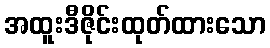
အထူးဒီဇိုင်းထုတ်ထားသော